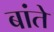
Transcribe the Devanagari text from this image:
बांते